Leaving Certificate, 1900
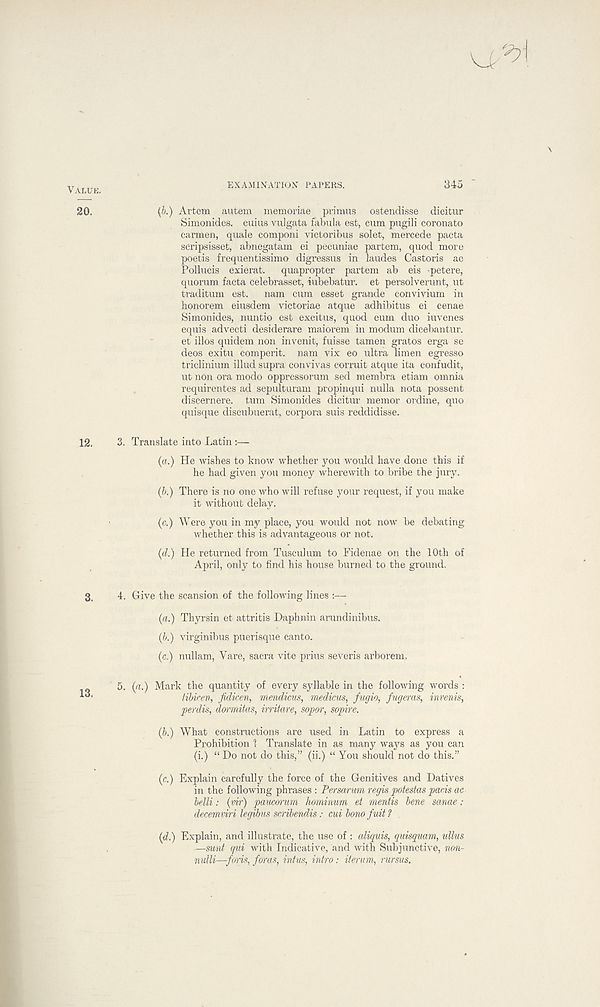
VALUE.
EX AMINATION PAPERS.
345
20.
(5.) Artom autem memoriae primus ostendisse dicitur
Simonides, cuius vulgata fabula est, cum pugili coronato
carmen, quaie componi victoribus solet, mercede pacta
scripsisset, abnegatam ei pecuniae partem, quod more
poetis frequentissimo digressus in laudes Castoris ac
Pollucis exierat.
quapropter partem ab eis -petere,
quorum facta celebrasset, iubebatur. et persolverunt, ut
traditum est.
nam cum esset grande convivium in
honorem eiusdem victoriae atque adhibitus ei cenae
Simonides, nuntio est excitus, quod eum duo iuvenes
equis advecti desiderare maiorem in modum dicebantur.
et illos quidem non invenit, fuisse tamen gratos erga se
deos exitu comperit. nam vix eo ultra limen egresso
triclinium illud supra convivas corruit atque ita confudit,
ut non ora modo oppressorum sed membra etiam omnia
requirentes ad sepulturam propinqui nulla nota possent
discernere. turn Simonides dicitur memor ordine, quo
quisque discubuerat, corpora suis reddidisse.
12.
3. Translate into Latin :—
(a.) He wishes to know whether you would have done this if
he had given you money wherewith to bribe the jury.
(b.) There is no one who will refuse your request, if you make
it without delay.
(c.) Were you in my place, you would not now be debating
whether this is advantageous or not.
(d.) He returned from Tusculum to Fidenae on the 10th of
April, only to find his house burned to the ground.
3,
4. Give the scansion of the following lines :—
(a.) Thyrsin et attritis Daphnin arundinibus.
(b.) virginibus puerisque canto.
(c.) nullam, Yare, sacra vite prius severis arborem.
5. (a.) Mark the quantity of every syllable in the following words :
tibicen, fidicen, mendicus, medicus, fugio, fugeras, invenis,
perdis, dormitas, irritare, sopor, sopire.
(b.) What constructions are used in Latin to express a
Prohibition 1 Translate in as many ways as you can
(i.) “ Do not do this,” (ii.) “You should not do this.”
(c.) Explain carefully the force of the Genitives and Datives
in the following phrases : Persarwm regis potestas pads ac
belli: (vir) paucorum hominum et mentis bene sanae:
decemviri legibus scribendis: cui bono fuit 1 .
(d.) Explain, and illustrate, the use of : aliquis, quisquam, ullus
—sunt qui with Indicative, and with Subjunctive, non-
nulli—-forts, foras, intus, intro: iterum, rursus.